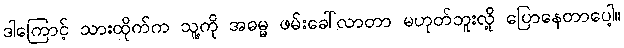
ဒါကြောင့် သားထိုက်က သူ့ကို အဓမ္မ ဖမ်းခေါ်လာတာ မဟုတ်ဘူးလို့ ပြောနေတာပေါ့။